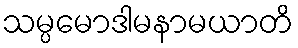
သမ္ပမောဒါမနာမယာတိ